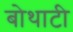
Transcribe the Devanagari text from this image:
बोथाटी